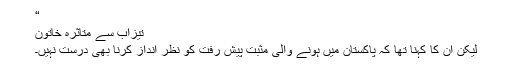
“
تیزاب سے متاثرہ خاتون
لیکن ان کا کہنا تھا کہ پاکستان میں ہونے والی مثبت پیش رفت کو نظر انداز کرنا بھی درست نہیں۔